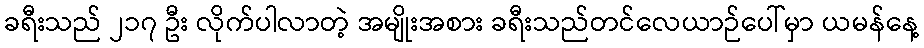
ခရီးသည် ၂၁၇ ဦး လိုက်ပါလာတဲ့ အမျိုးအစား ခရီးသည်တင်လေယာဉ်ပေါ်မှာ ယမန်နေ့